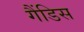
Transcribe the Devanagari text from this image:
गैंडिस